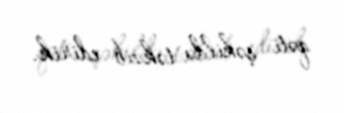
qəti şəkildə təkzib edirik.